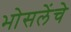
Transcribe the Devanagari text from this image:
भोसलेंचे